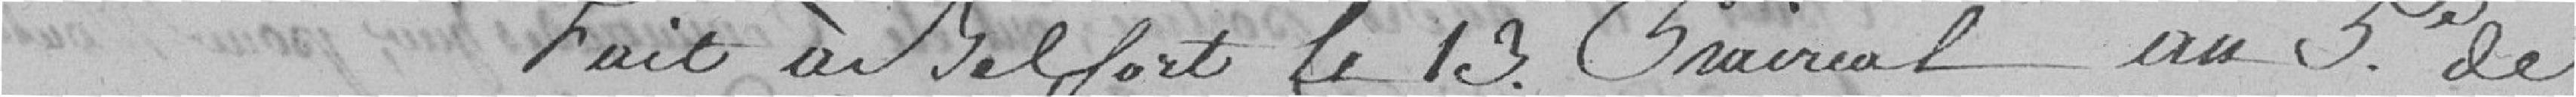
Fait à Belfort le 13 Prairial au 5e de